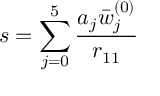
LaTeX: s = \sum _ { j = 0 } ^ { 5 } { \frac { a _ { j } { \bar { w } } _ { j } ^ { ( 0 ) } } { r _ { 1 1 } } }